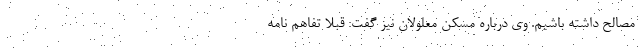
مصالح داشته باشیم. وی درباره مسکن معلولان نیز گفت: قبلا تفاهم نامه